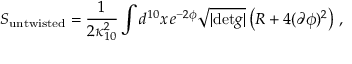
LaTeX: S _ { \mathrm { u n t w i s t e d } } = \frac { 1 } { 2 \kappa _ { 1 0 } ^ { 2 } } \int d ^ { 1 0 } x \, e ^ { - 2 \phi } \sqrt { | \mathrm { d e t } g | } \left( R + 4 ( \partial \phi ) ^ { 2 } \right) \, ,